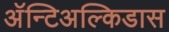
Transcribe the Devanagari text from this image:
अॅन्टिअल्किडास